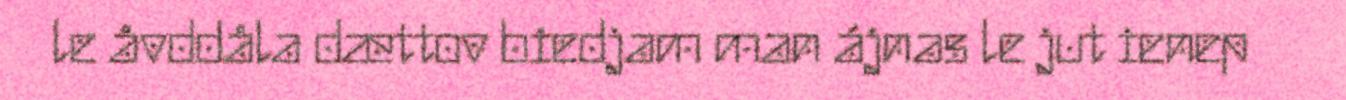
le åvddåla dættov biedjam man ájnas le jut ienep